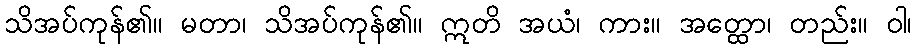
သိအပ်ကုန်၏။ မတာ၊ သိအပ်ကုန်၏။ ဣတိ အယံ၊ ကား။ အတ္ထော၊ တည်း။ ဝါ၊